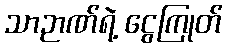
သာဉာဏ်ရဲ့ ငွေကြုတ်